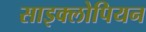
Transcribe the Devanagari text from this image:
साइक्लोपियन